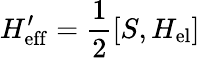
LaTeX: H_{\mathrm{eff}}^{\prime}=\frac{1}{2}[S,H_{\mathrm{el}}]